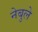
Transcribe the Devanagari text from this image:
नेबुले